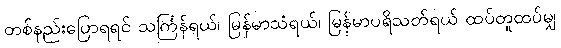
တစ်နည်းပြောရရင် သင်္ကြန်ရယ်၊ မြန်မာသံရယ်၊ မြန်မာပရိသတ်ရယ် ထပ်တူထပ်မျှ